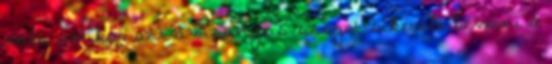
volt, amikor azt a bizonyos szöget sikerült beverni a